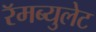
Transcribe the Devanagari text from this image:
रॅमब्युलेट